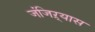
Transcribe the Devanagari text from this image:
जंजिऱ्यास